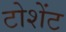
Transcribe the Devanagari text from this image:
टोशेंट